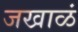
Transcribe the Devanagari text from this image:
जखाळं